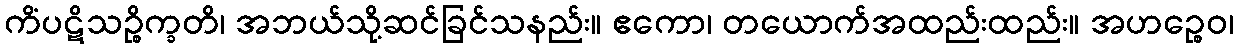
ကိံပဋိသဉ္စိက္ခတိ၊ အဘယ်သို့ဆင်ခြင်သနည်း။ ဧကော၊ တယောက်အထည်းထည်း။ အဟဉ္စေဝ၊